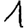
Digit: 1